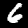
Digit: 6